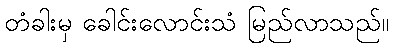
တံခါးမှ ခေါင်းလောင်းသံ မြည်လာသည်။